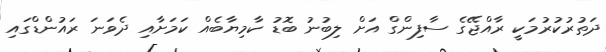
ދަތުރުކުރުމަކީ ރާއްޖޭގެ ސާފިންގް އަށް ލިބުނު ބޮޑު ކާމިޔާބެއް ކަމަށާއި ދެވަނަ ރައުންޑްގައި